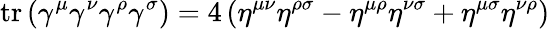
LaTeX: \operatorname{tr}\left(\gamma^{\mu}\gamma^{\nu}\gamma^{\rho}\gamma^{\sigma}\right)=4\left(\eta^{\mu\nu}\eta^{\rho\sigma}-\eta^{\mu\rho}\eta^{\nu\sigma}+\eta^{\mu\sigma}\eta^{\nu\rho}\right)